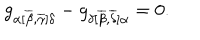
LaTeX: g _ { \alpha [ \overline { { { \beta } } } , \overline { { { \gamma } } } ] \delta } - g _ { \delta [ \overline { { { \beta } } } , \overline { { { \delta } } } ] \alpha } = 0 .